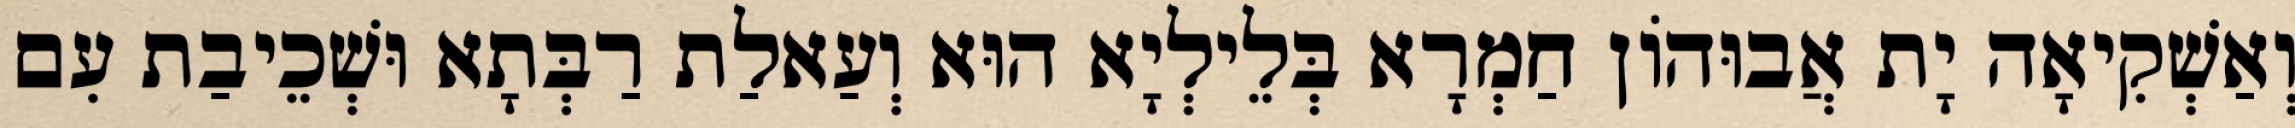
וְאַשְׁקִיאָה יָת אֲבוּהוֹן חַמְרָא בְּלֵילְיָא הוּא וְעַאלַת רַבְּתָא וּשְׁכֵיבַת עִם